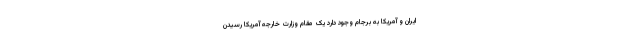
ایران و آمریکا به برجام وجود دارد یک مقام‌ وزارت خارجه آمریکا رسیدن